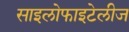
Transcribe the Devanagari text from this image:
साइलोफाइटेलीज